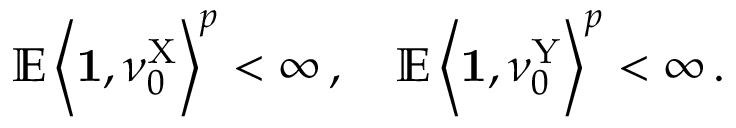
\mathbb { E } \left\langle \mathbf { 1 } , \nu _ { 0 } ^ { \mathrm { X } } \right\rangle ^ { p } < \infty \, , \quad \mathbb { E } \left\langle \mathbf { 1 } , \nu _ { 0 } ^ { \mathrm { Y } } \right\rangle ^ { p } < \infty \, .